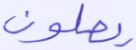
يصلون